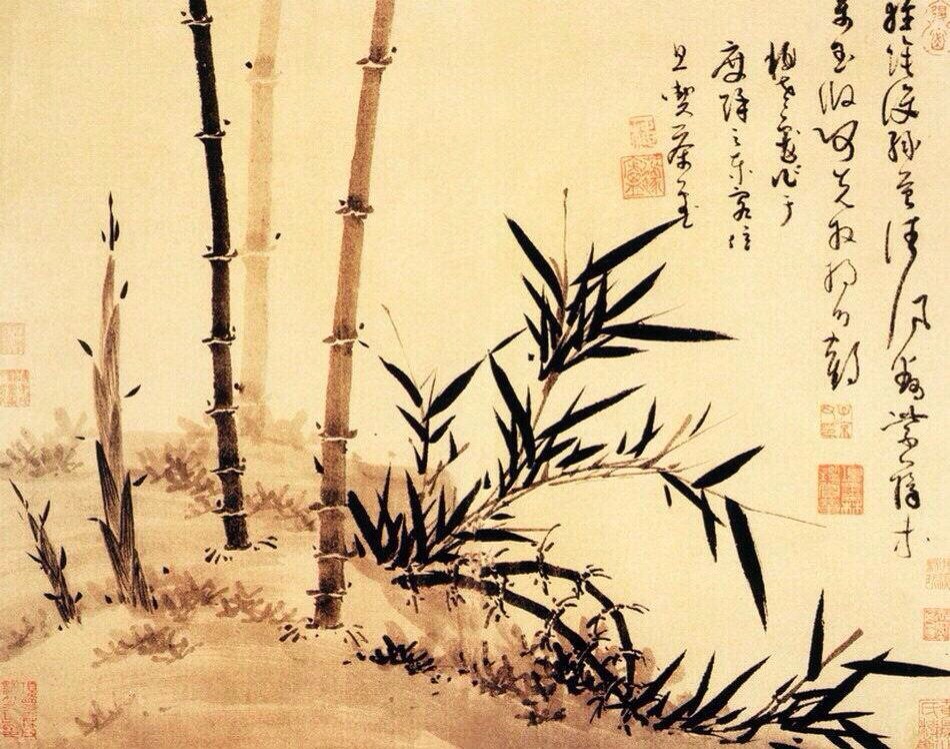
无肉令人瘦，无竹令人俗。